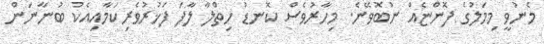
މެނުވީ މިމަލުގެ ފޮންޏެއް ނުބޮވޭނެ. މިހާރުވެސް ކޮނޑު ހިތްލާ ލާފަ ފަޚުރުވެރިކަމާއިއެކު ބުނާނަން